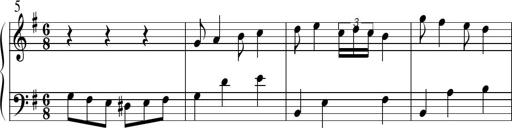
Title: Sonatine No.1 in E minor
Composer: Klaus Jung
Key: E minor